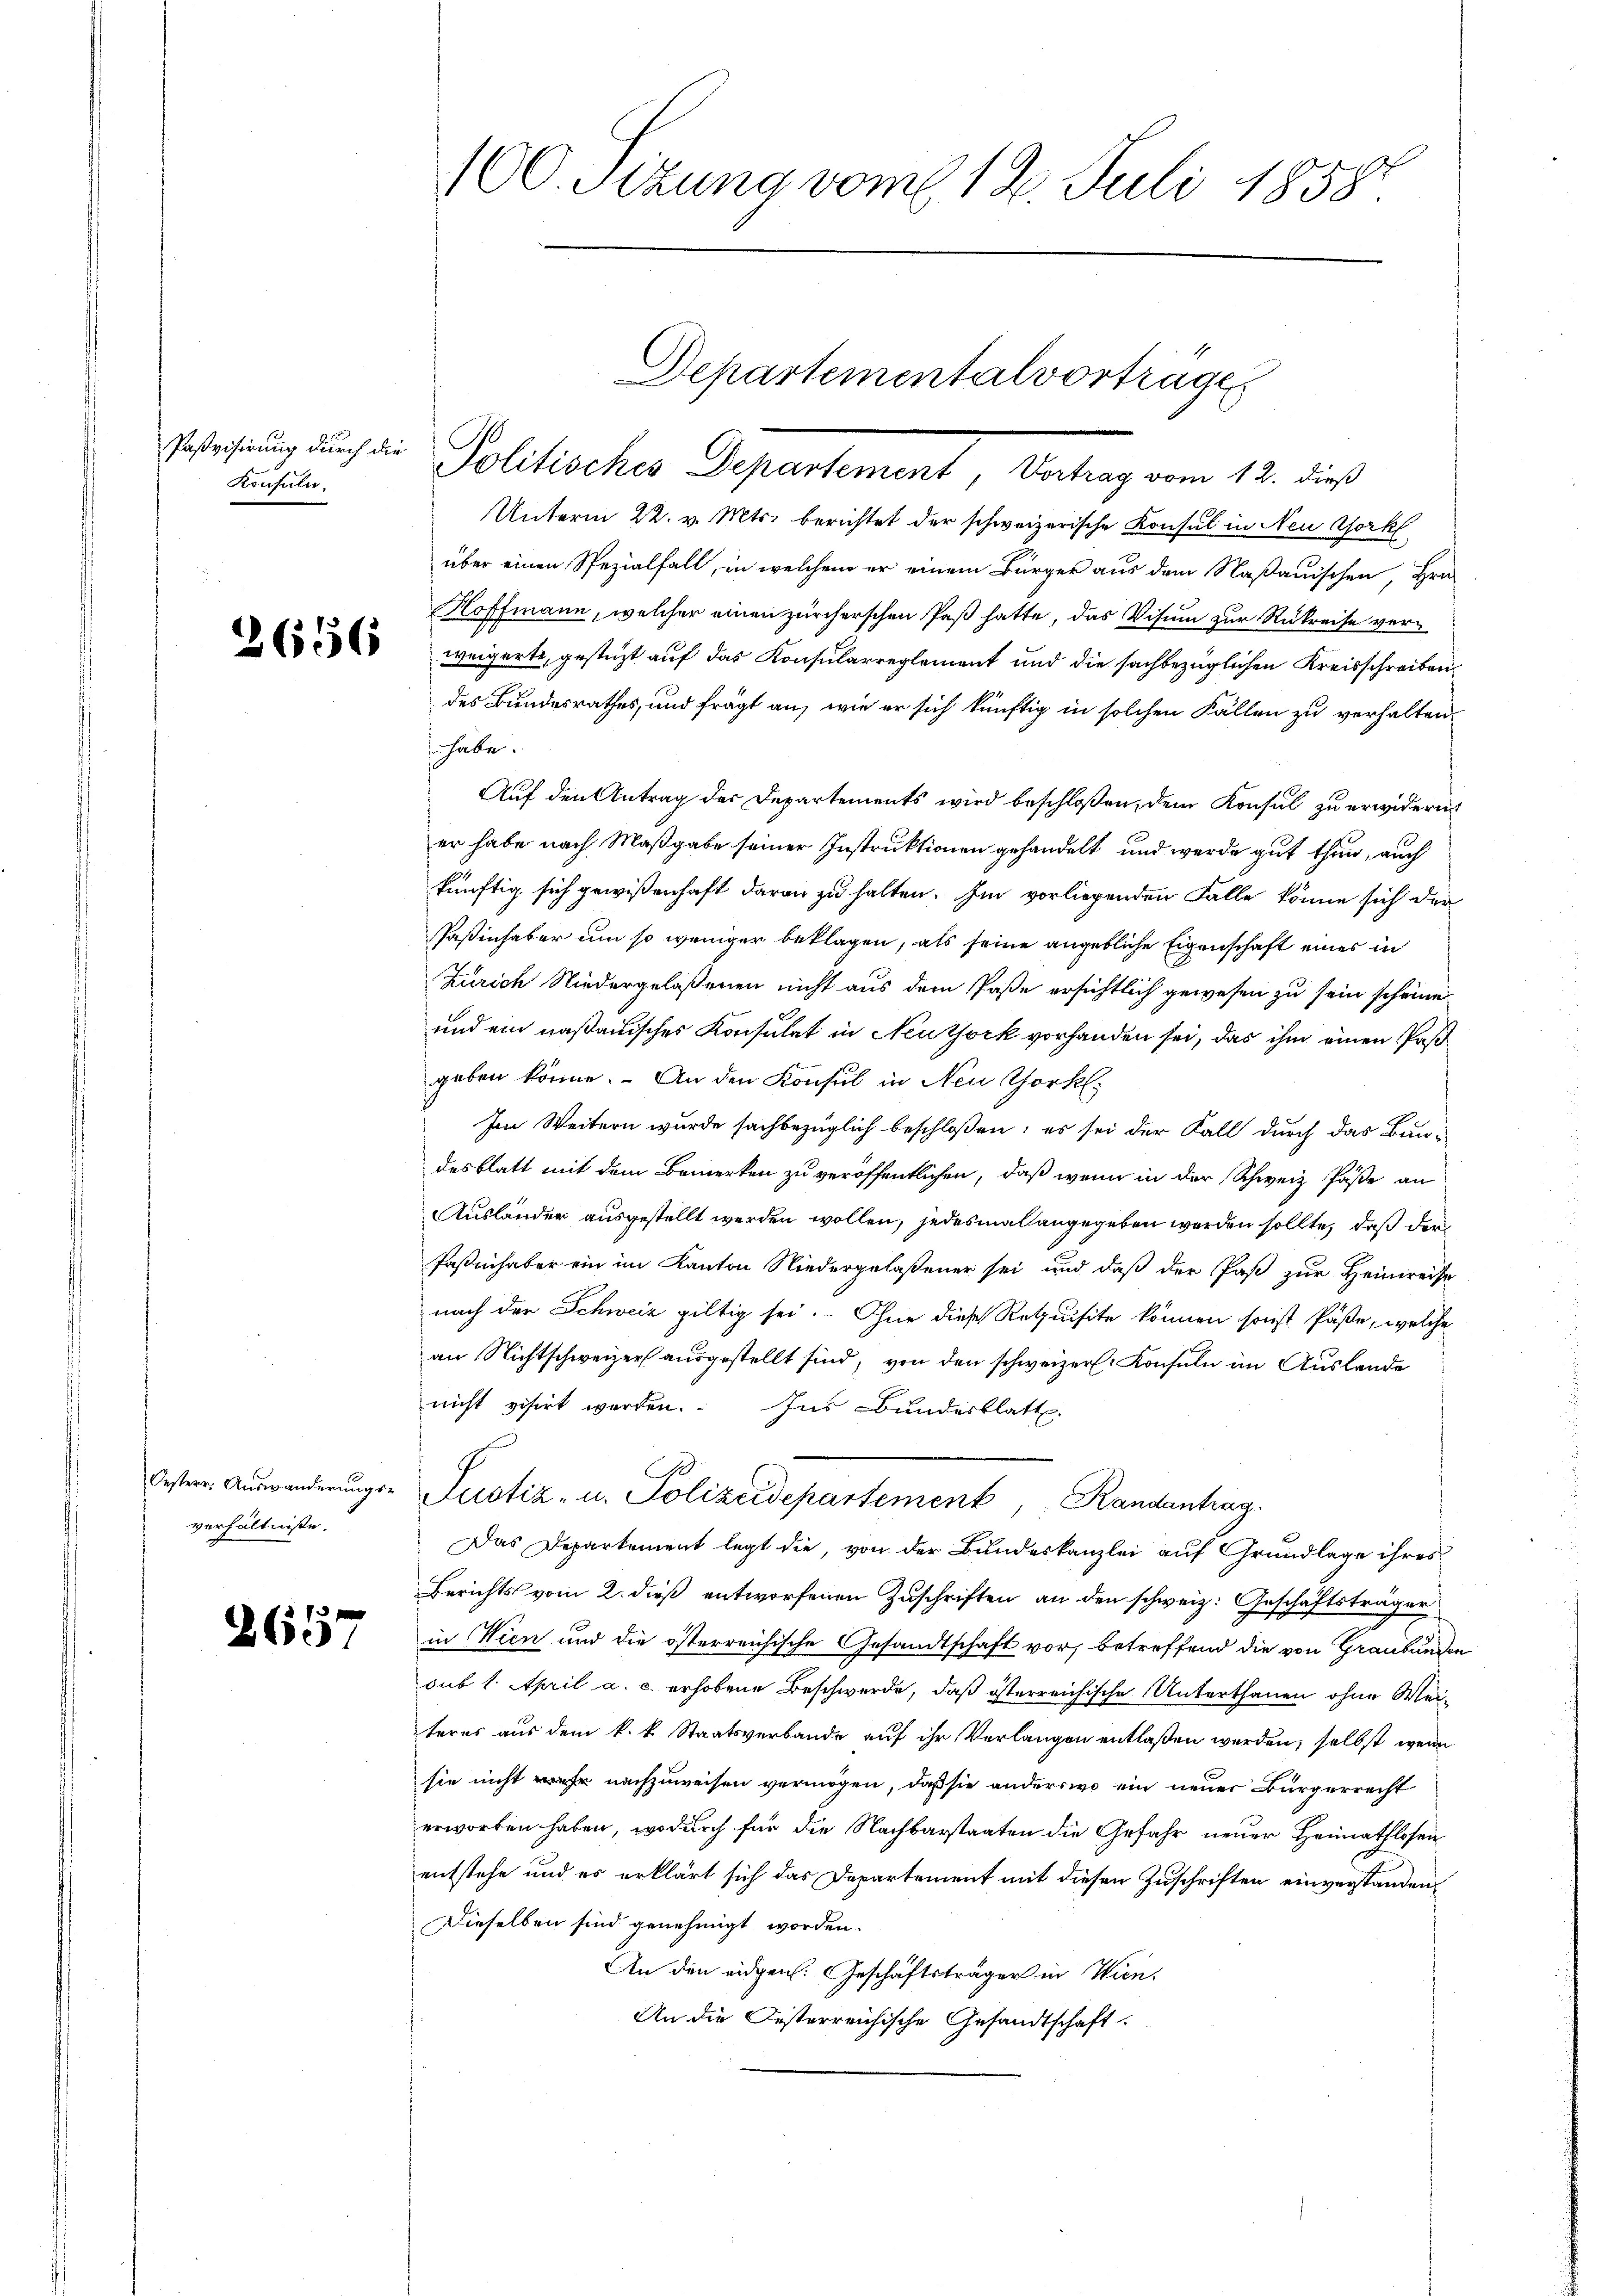
Paßvisirung durch die
Konsuln,

2656

Oesterr. Auswanderungs-
verhältnisse.

2657

100. Sizung vom 12. Juli 18587.

Departementalvortrage

Politisches Departement, Vortrag vom 12. dieß
Unterm 22. v. Mts. berichtet der schweizerische Konsul in Neu York
über einen Spezialfall, in welchem er einem Bürger aus dem Naßauischen, Hrn.
Roffmann, welcher einen zürcherschen Paß hatte, das Visum zur Rukreise verweigerte, gestüzt auf das Konsularreglement und die sachbezüglichen Kreisschreiben
des Bundesrathes, und frägt an, wie er sich künftig in solchen Fällen zu verhalten,
 habe.
Auf den Antrag der Departements wird beschloßen, dem Konsul zu erwidern
er habe nach Maßgabe seiner Instruktionen gehandelt, und werde gut thun, auch
künftig sich gewißenhaft daran zu halten. Im vorliegenden Falle könne sich der
Paßinhaber um so weniger beklagen, als seine angebliche Eigenschaft eines in
Zürich Niedergelaßenen nicht aus dem Paße ersichtlich gewesen zu sein scheine
und ein naßauisches Konsulat in Neuthork vorhanden sei, das ihm einen Paßgeben könne. - An den Konsul in Neu Chork
Im Weitern wurde sachbezüglich beschloßen; es sei der Fall durch das Bundesblatt mit dem Bemerken zu veröffentlichen, daß wenn in der Schweiz Päße an
Ausländer ausgestellt werden wollen, jedesmal angegeben werden sollte, daß derfaßinhaber ein im Kanton Niedergelaßener sei und daß der Paß zur Heimweise
nach der Schweiz giltig sei. Für diese Requisite können sonst Päße, welche
an Nichtschweizer ausgestellt sind, von den schweizer. Konsuln im Auslande
nicht visirt werden. Ins Bundesblatt.
Justiz- u. Polizeidepartement, Randantrag.
Das Departement legt die, von der Bundeskanzlei auf Grundlage ihres
Berichts vom 2. dieß entworfenen Zuschriften an den schweiz. Geschäftsträger
in Wien und die österreichische Gesandtschaft vor, betreffend die von Graubünden
sub 1. April a. c. erhobene Beschwerde, daß österreichische Unterthanen ohne Weiiteres aus dem k. k. Staatsverbande auf ihr Verlangen entlaßen werden, selbst wenn
sie nicht mehr nachzuweisen vermögen, daß sie anderswo ein neuer Bürgerrecht
erworben haben, wodurch für die Nachbarstaaten die Gefahr neuer Heimathlosen
entstehe und es erklärt sich das Departement mit diesen Zuschriften einverstanden,
Dieselben sind genehmigt worden.
An den eidgen. Geschäftsträger in Wien.
An die Oesterreichische Gesandtschaft.